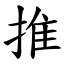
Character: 推